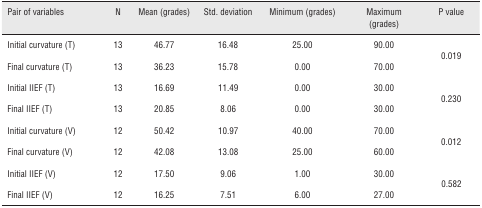
<table><thead><tr><td><b>Pair of variables</b></td><td><b>N</b></td><td><b>Mean (grades)</b></td><td><b>Std. deviation</b></td><td><b>Minimum (grades)</b></td><td><b>Maximum (grades)</b></td><td><b>P value</b></td></tr></thead><tbody><tr><td>Initial curvature (T)</td><td>13</td><td>46.77</td><td>16.48</td><td>25.00</td><td>90.00</td><td rowspan="2">0.019</td></tr><tr><td>Final curvature (T)</td><td>13</td><td>36.23</td><td>15.78</td><td>0.00</td><td>70.00</td></tr><tr><td>Initial IIEF (T)</td><td>13</td><td>16.69</td><td>11.49</td><td>0.00</td><td>30.00</td><td rowspan="2">0.230</td></tr><tr><td>Final IIEF (T)</td><td>13</td><td>20.85</td><td>8.06</td><td>0.00</td><td>30.00</td></tr><tr><td>Initial curvature (V)</td><td>12</td><td>50.42</td><td>10.97</td><td>40.00</td><td>70.00</td><td rowspan="2">0.012</td></tr><tr><td>Final curvature (V)</td><td>12</td><td>42.08</td><td>13.08</td><td>25.00</td><td>60.00</td></tr><tr><td>Initial IIEF (V)</td><td>12</td><td>17.50</td><td>9.06</td><td>1.00</td><td>30.00</td><td rowspan="2">0.582</td></tr><tr><td>Final IIEF (V)</td><td>12</td><td>16.25</td><td>7.51</td><td>6.00</td><td>27.00</td></tr></tbody></table>